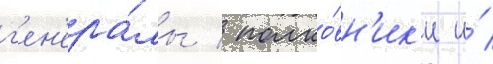
г'ен'ера́лы / полко́вн'ик'и и́